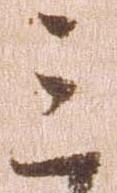
ミ